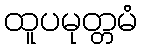
ထူပမုတ္တမံ